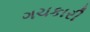
ગચકારી